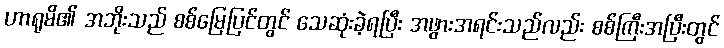
ဟာရုမိ၏ အဘိုးသည် စစ်မြေပြင်တွင် သေဆုံးခဲ့ရပြီး အဖွားအရင်းသည်လည်း စစ်ကြီးအပြီးတွင်